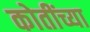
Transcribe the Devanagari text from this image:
कोतींच्या